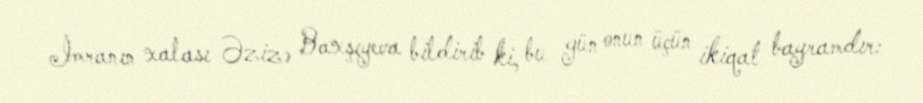
İmranın xalası Əzizə Baxşıyeva bildirib ki, bu gün onun üçün ikiqat bayramdır: